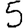
Digit: 5